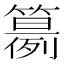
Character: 𥵘